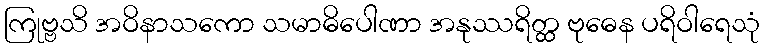
ကြုဗ္ဗသိ အဝိနာသကော သမာဓိပေါဏာ အနုဿရိတ္ထ ဗုဓေန ပရိဝါရေသုံ